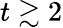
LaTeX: t\gtrsim 2